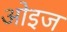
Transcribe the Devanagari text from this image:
ओइज